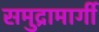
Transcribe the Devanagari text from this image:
समुद्रामार्गी